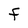
Character: F